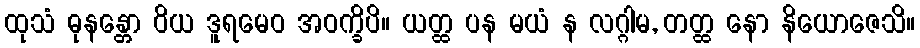
ထုသံ ဓုနန္တော ဝိယ ဒူရမေဝ အဝက္ခိပိ။ ယတ္ထ ပန မယံ န လဂ္ဂါမ, တတ္ထ နော နိယောဇေသိ။